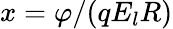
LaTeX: x=\varphi/(qE_{l}R)